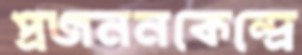
প্রজননকেন্দ্রে